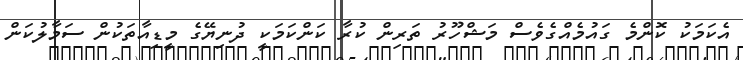
އެކަމަކު ކޮންމެ ގައުމެއްގެވެސް މަޝްހޫރު ތަރިން ކުރާ ކަންކަމަކީ ދުނިޔޭގެ މީޑިއާތަކުން ސަމާލުކަން